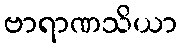
ဗာရာဏသိယာ